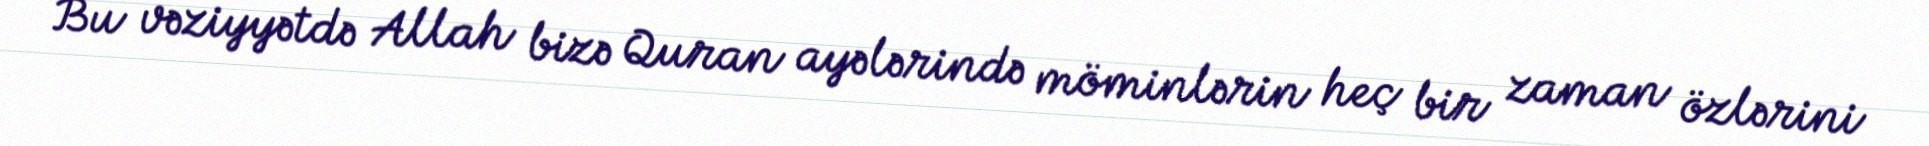
Bu vəziyyətdə Allah bizə Quran ayələrində möminlərin heç bir zaman özlərini